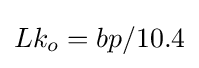
Lk_{o}=bp/10.4